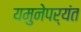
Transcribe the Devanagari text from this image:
यमुनेपर्यंत